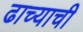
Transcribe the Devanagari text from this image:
ढाच्याची